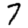
Digit: 7